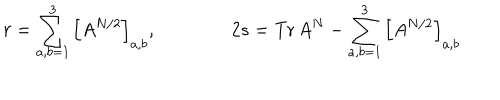
r = \sum _ { a , b = 1 } ^ { 3 } \left[ A ^ { N / 2 } \right] _ { a , b } , \qquad \qquad 2 s = \mathrm { T r } \, A ^ { N } - \sum _ { a , b = 1 } ^ { 3 } \left[ A ^ { N / 2 } \right] _ { a , b }